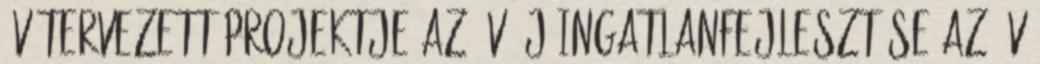
Év Tervezett Projektje Az Év Új Ingatlanfejlesztése Az Év